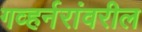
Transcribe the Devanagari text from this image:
गव्हर्नरांवरील